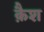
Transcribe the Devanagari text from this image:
क़ैश